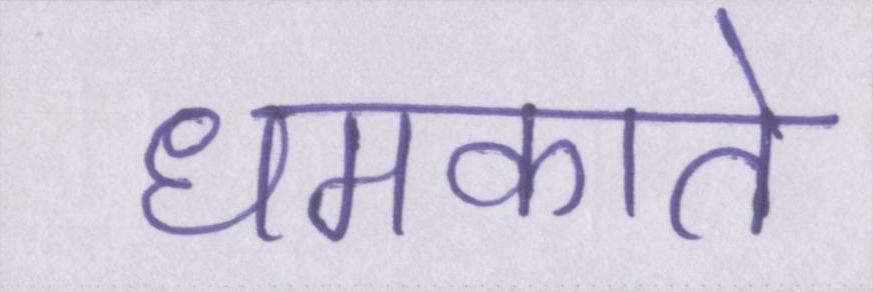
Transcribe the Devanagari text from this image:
धमकाते